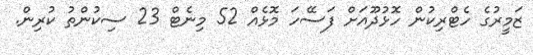
ޒަމީރުގެ ހެޓްރިކުން ހޮޅުދޫއަށް ފަސޭހަ މޮޅެއް 52 މިނެޓް 23 ސިކުންތު ކުރިން.